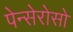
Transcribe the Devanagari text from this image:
पेन्सेरोसो